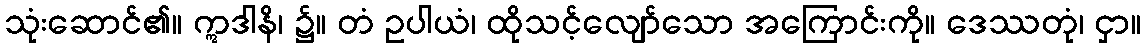
သုံးဆောင်၏။ ဣဒါနိ၊ ၌။ တံ ဥပါယံ၊ ထိုသင့်လျော်သော အကြောင်းကို။ ဒေဿတုံ၊ ငှာ။